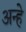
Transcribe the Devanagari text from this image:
अन्हे